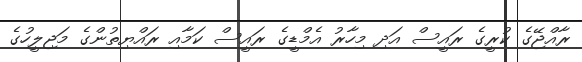
ރާއްޖޭގެ ކުރީގެ ރައީސް އަދި މިހާރު އެމްޑީގެ ރައީސް ކަމާއި ރައްޔިތުންގެ މަޖިލީހުގެ